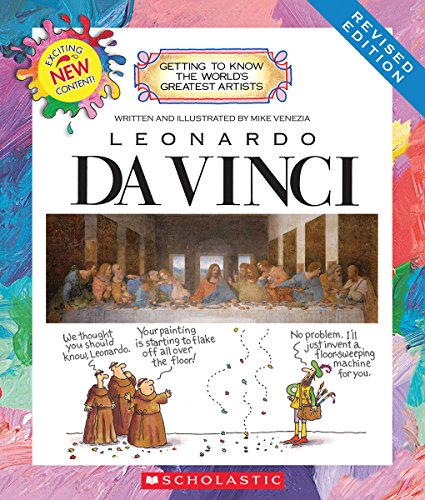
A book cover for Leonardo Da Vinci (Getting to Know the World's Greatest Artists); Mike Venezia; Children's Books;